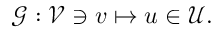
\mathcal { G } : \mathcal { V } \ni v \mapsto u \in \mathcal { U } .